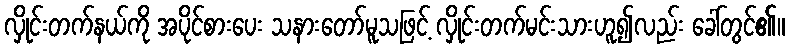
လှိုင်းတက်နယ်ကို အပိုင်စားပေး သနားတော်မူသဖြင့် လှိုင်းတက်မင်းသားဟူ၍လည်း ခေါ်တွင်၏။